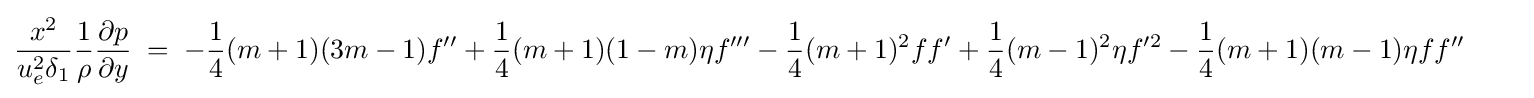
{\frac {x^{2}}{u_{e}^{2}\delta _{1}}}{\frac {1}{\rho }}{\frac {\partial p}{\partial y}}\;=\;-{\frac {1}{4}}(m+1)(3m-1)f''+{\frac {1}{4}}(m+1)(1-m)\eta f'''-{\frac {1}{4}}(m+1)^{2}ff'+{\frac {1}{4}}(m-1)^{2}\eta f'^{2}-{\frac {1}{4}}(m+1)(m-1)\eta ff''\quad \quad